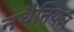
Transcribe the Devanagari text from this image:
नथैनियल